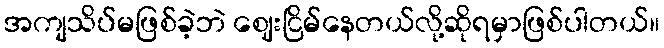
အကျသိပ်မဖြစ်ခဲ့ဘဲ ဈေးငြိမ်နေတယ်လို့ဆိုရမှာဖြစ်ပါတယ်။